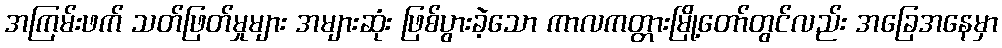
အကြမ်းဖက် သတ်ဖြတ်မှုများ အများဆုံး ဖြစ်ပွားခဲ့သော ကာလကတ္တားမြို့တော်တွင်လည်း အခြေအနေမှာ